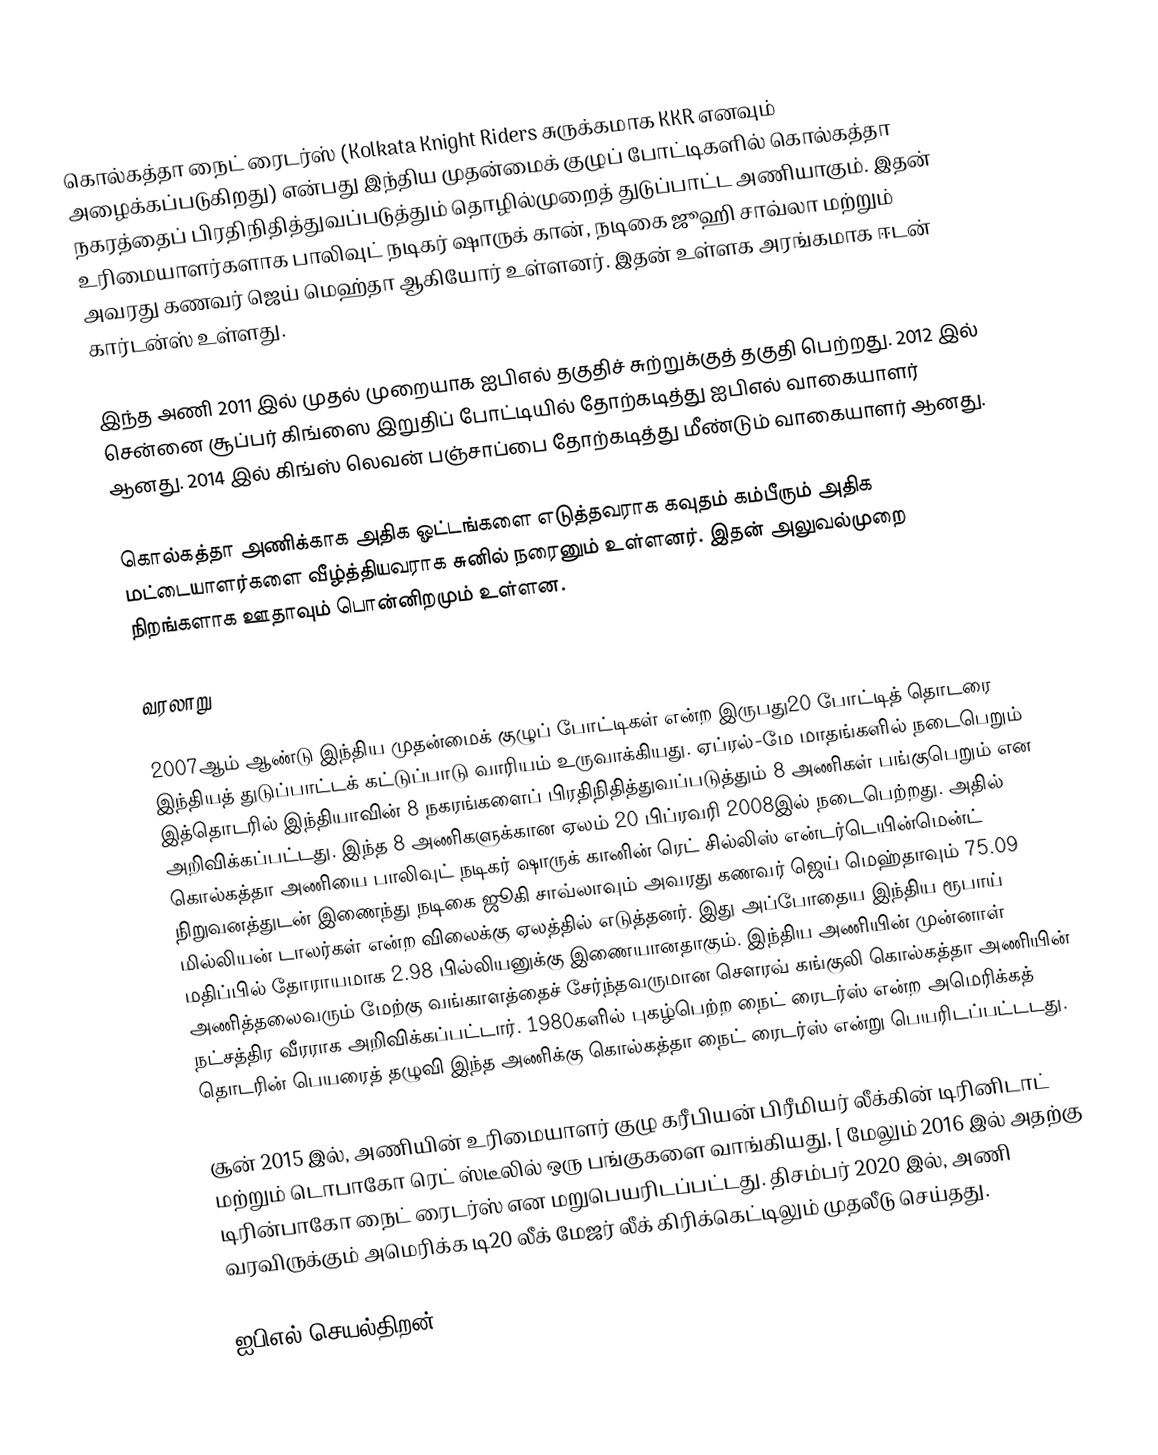
கொல்கத்தா நைட் ரைடர்ஸ் (Kolkata Knight Riders சுருக்கமாக KKR எனவும் அழைக்கப்படுகிறது) என்பது இந்திய முதன்மைக் குழுப் போட்டிகளில் கொல்கத்தா நகரத்தைப் பிரதிநிதித்துவப்படுத்தும் தொழில்முறைத் துடுப்பாட்ட அணியாகும். இதன் உரிமையாளர்களாக பாலிவுட் நடிகர் ஷாருக் கான், நடிகை ஜூஹி சாவ்லா மற்றும் அவரது கணவர் ஜெய் மெஹ்தா ஆகியோர் உள்ளனர். இதன் உள்ளக அரங்கமாக ஈடன் கார்டன்ஸ் உள்ளது.

இந்த அணி 2011 இல் முதல் முறையாக ஐபிஎல் தகுதிச் சுற்றுக்குத் தகுதி பெற்றது. 2012 இல் சென்னை சூப்பர் கிங்ஸை இறுதிப் போட்டியில் தோற்கடித்து ஐபிஎல் வாகையாளர் ஆனது. 2014 இல் கிங்ஸ் லெவன் பஞ்சாப்பை தோற்கடித்து மீண்டும் வாகையாளர் ஆனது.

கொல்கத்தா அணிக்காக அதிக ஓட்டங்களை எடுத்தவராக கவுதம் கம்பீரும் அதிக மட்டையாளர்களை வீழ்த்தியவராக சுனில் நரைனும் உள்ளனர்.  இதன் அலுவல்முறை நிறங்களாக ஊதாவும் பொன்னிறமும் உள்ளன.

வரலாறு

2007ஆம் ஆண்டு இந்திய முதன்மைக் குழுப் போட்டிகள் என்ற இருபது20 போட்டித் தொடரை இந்தியத் துடுப்பாட்டக் கட்டுப்பாடு வாரியம் உருவாக்கியது. ஏப்ரல்-மே மாதங்களில் நடைபெறும் இத்தொடரில் இந்தியாவின் 8 நகரங்களைப் பிரதிநிதித்துவப்படுத்தும் 8 அணிகள் பங்குபெறும் என அறிவிக்கப்பட்டது. இந்த 8 அணிகளுக்கான ஏலம் 20 பிப்ரவரி 2008இல் நடைபெற்றது. அதில் கொல்கத்தா அணியை பாலிவுட் நடிகர் ஷாருக் கானின் ரெட் சில்லிஸ் என்டர்டெயின்மென்ட் நிறுவனத்துடன் இணைந்து நடிகை ஜூகி சாவ்லாவும் அவரது கணவர் ஜெய் மெஹ்தாவும் 75.09 மில்லியன் டாலர்கள் என்ற விலைக்கு ஏலத்தில் எடுத்தனர். இது அப்போதைய இந்திய ரூபாய் மதிப்பில் தோராயமாக  2.98 பில்லியனுக்கு இணையானதாகும். இந்திய அணியின் முன்னாள் அணித்தலைவரும் மேற்கு வங்காளத்தைச் சேர்ந்தவருமான சௌரவ் கங்குலி கொல்கத்தா அணியின் நட்சத்திர வீரராக அறிவிக்கப்பட்டார். 1980களில் புகழ்பெற்ற நைட் ரைடர்ஸ் என்ற அமெரிக்கத் தொடரின் பெயரைத் தழுவி இந்த அணிக்கு கொல்கத்தா நைட் ரைடர்ஸ் என்று பெயரிடப்பட்டடது.

சூன் 2015 இல், அணியின் உரிமையாளர் குழு கரீபியன் பிரீமியர் லீக்கின் டிரினிடாட் மற்றும் டொபாகோ ரெட் ஸ்டீலில் ஒரு பங்குகளை வாங்கியது, [  மேலும் 2016 இல் அதற்கு  டிரின்பாகோ நைட் ரைடர்ஸ் என மறுபெயரிடப்பட்டது. திசம்பர் 2020 இல், அணி வரவிருக்கும் அமெரிக்க டி20 லீக் மேஜர் லீக் கிரிக்கெட்டிலும் முதலீடு செய்தது.

ஐபிஎல் செயல்திறன்